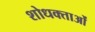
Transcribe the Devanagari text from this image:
शोधक्ताओं